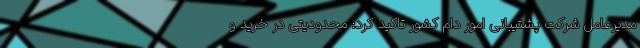
مدیرعامل شرکت پشتیبانی امور دام کشور تاکید کرد: محدودیتی در خرید و